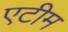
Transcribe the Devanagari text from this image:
एटीम